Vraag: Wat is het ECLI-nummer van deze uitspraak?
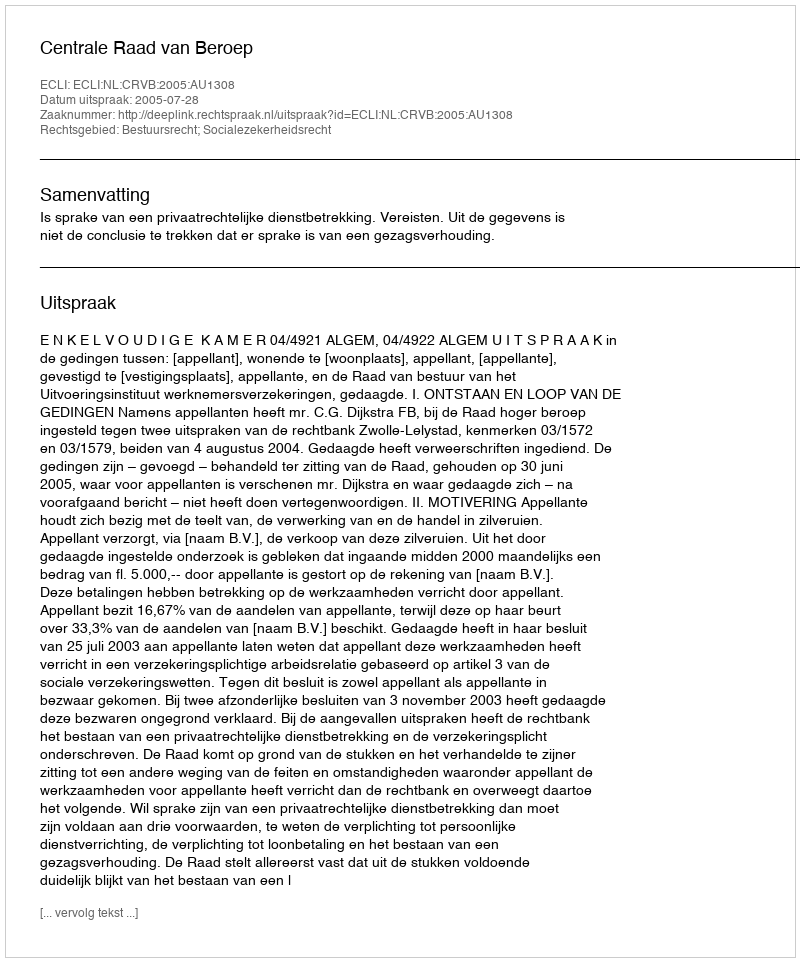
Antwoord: ECLI:NL:CRVB:2005:AU1308